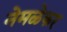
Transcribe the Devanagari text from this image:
नेमळेकर